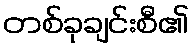
တစ်ခုချင်းစီ၏